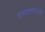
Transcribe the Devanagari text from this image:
इमादशहाच्या